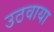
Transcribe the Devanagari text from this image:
उठवाया